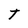
Character: t